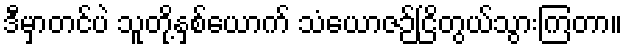
ဒီမှာတင်ပဲ သူတို့နှစ်ယောက် သံယောဇဉ်ငြိတွယ်သွားကြတာ။